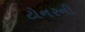
ટોનરની